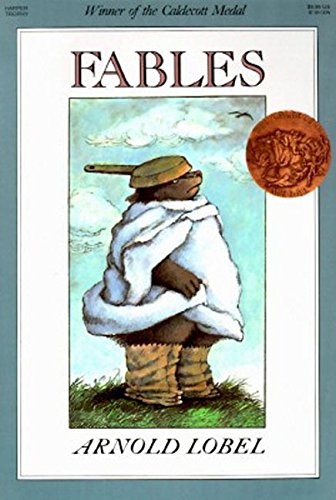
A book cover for Fables; Arnold Lobel; Children's Books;